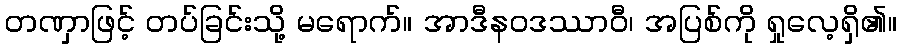
တဏှာဖြင့် တပ်ခြင်းသို့ မရောက်။ အာဒီနဝဒဿာဝီ၊ အပြစ်ကို ရှုလေ့ရှိ၏။